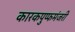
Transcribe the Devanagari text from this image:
कारकपुप्फमंजरी